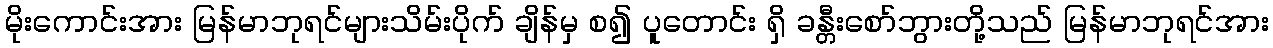
မိုးကောင်းအား မြန်မာဘုရင်များသိမ်းပိုက် ချိန်မှ စ၍ ပူတောင်း ရှိ ခန္တီးစော်ဘွားတို့သည် မြန်မာဘုရင်အား